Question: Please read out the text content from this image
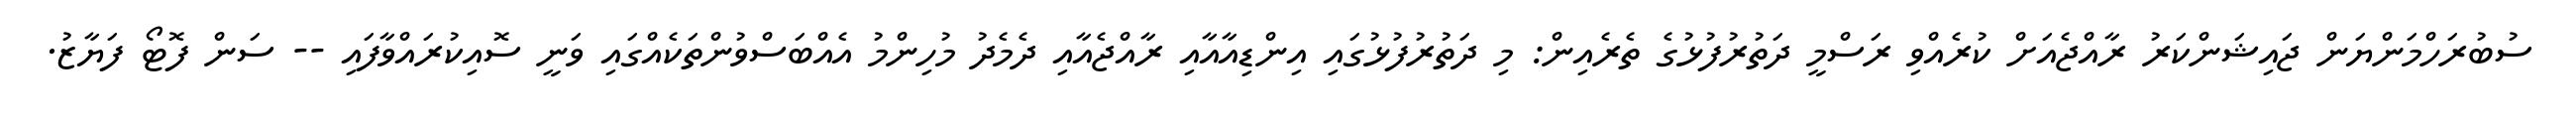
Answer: ސުބުރަހްމަންޔަން ޖައިޝަންކަރު ރާއްޖެއަށް ކުރެއްވި ރަސްމީ ދަތުރުފުޅުގެ ތެރެއިން: މި ދަތުރުފުޅުގައި އިންޑިއާއާއި ރާއްޖެއާއި ދެމެދު މުހިންމު އެއްބަސްވުންތަކެއްގައި ވަނީ ސޮއިކުރައްވާފައި -- ސަން ފޮޓޯ ފަޔާޒު.